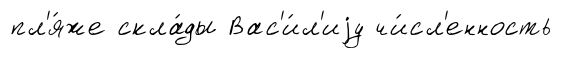
пл'я́же скла́ды Вас'и́л'иjу чи́сл'енность